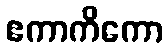
ဧကာကိကော